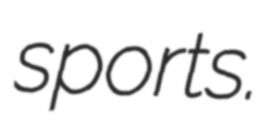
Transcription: sports.